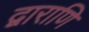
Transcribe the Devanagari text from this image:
द्वाराणि